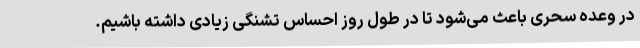
در وعده سحری باعث می‌شود تا در طول روز احساس تشنگی زیادی داشته باشیم.